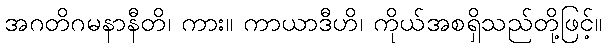
အဂတိဂမနာနီတိ၊ ကား။ ကာယာဒီဟိ၊ ကိုယ်အစရှိသည်တို့ဖြင့်။